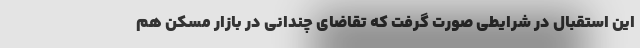
این استقبال در شرایطی صورت گرفت که تقاضای چندانی در بازار مسکن هم